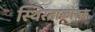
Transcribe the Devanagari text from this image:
स्थिरताकारक